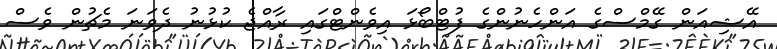
އޭޝިއަން ގޭމްސްގެ އަންހެނުންގެ ފުޓްބޯޅަ އިވެންޓްގައި ރާއްޖެ ކުޅުނު ދެވަނަ މެޗުން ވެސް